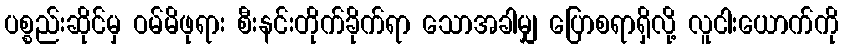
ပစ္စည်းဆိုင်မှ ဝမ်မိဖုရား စီးနင်းတိုက်ခိုက်ရာ သောအခါမျှ ပြောစရာရှိလို့ လူငါးယောက်ကို